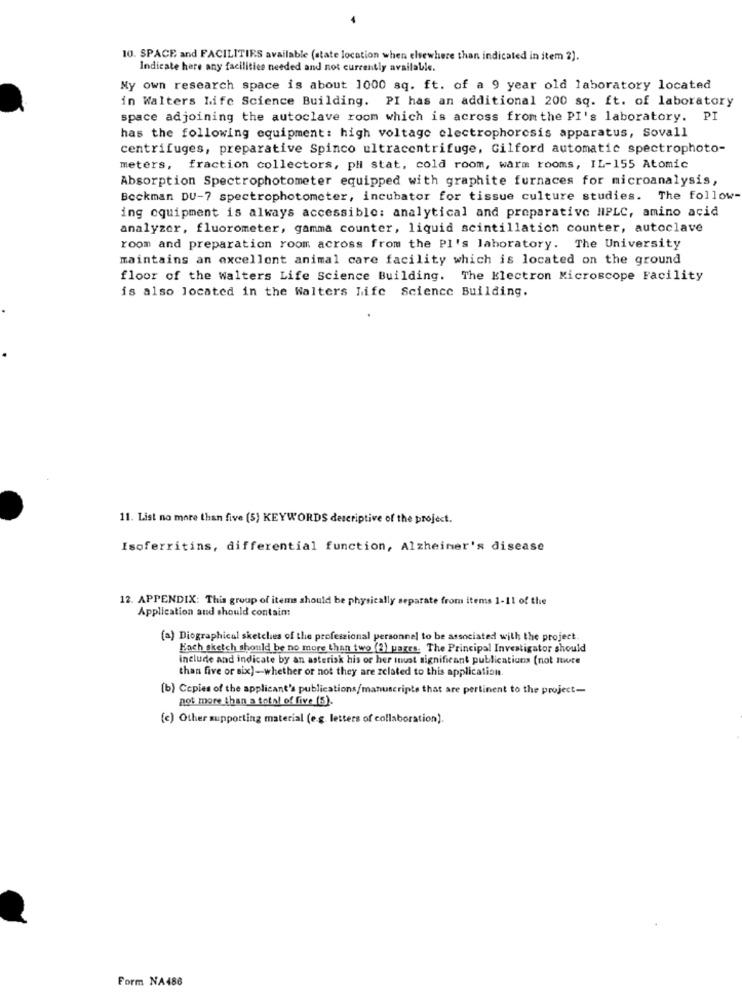
10. SPACE and FACILITIES available (state location when elsewhere than indicated in item 2).
Indicate here any facilities needed and not currently available.
My own research space is about 1000 sq. ft. of a 9 year old laboratory located
in Walters Life Science Building. PI has an additional 200 sq. ft. of laboratory
space adjoining the autoclave room which is across from the PI's laboratory. PI
has the following equipment: high voltage electrophoresis apparatus, Sovall
centrifuges, preparative Spinco ultracentrifuge, Gilford automatic spectrophoto-
meters, fraction collectors, pli stat, cold room, warm rooms, IL-155 Atomic
Absorption Spectrophotometer equipped with graphite furnaces for microanalysis,
Beckman DU-7 spectrophotometer, incubator for tissue culture studies. The follow
ing equipment is always accessible: analytical and preparative HPLC, amino acid
analyzer, fluorometer, gamma counter, liquid scintillation counter, autoclave
room and preparation room across from the Pl's laboratory. The University
maintains an excellent animal care facility which is located on the ground
floor of the walters Life Science Building. The Electron Microscope Facility
is also located in the Walters Life Science Building.
11. List no more than five (5) KEYWORDS descriptive of the project.
Isoferritins, differential function, Alzheimer's disease
12. APPENDIX: This group of items should be physically separate from items 1-11 of the
Application and should contain:
(a) Diographical sketches of the professional personnel to be associated with the project.
Fach sketch should be no more than two (2) pages. The Principal Investigator should
include and indicate by an asterisk his or her inust significant publications (not moce
than five or six)-whether or not they are related to this application.
(b) Copies of the applicant's publications/manuscripts that are pertinent to the project-
not more than a total of five (5).
(c) Other supporting material (e.g. letters of collaboration).
Form NA486